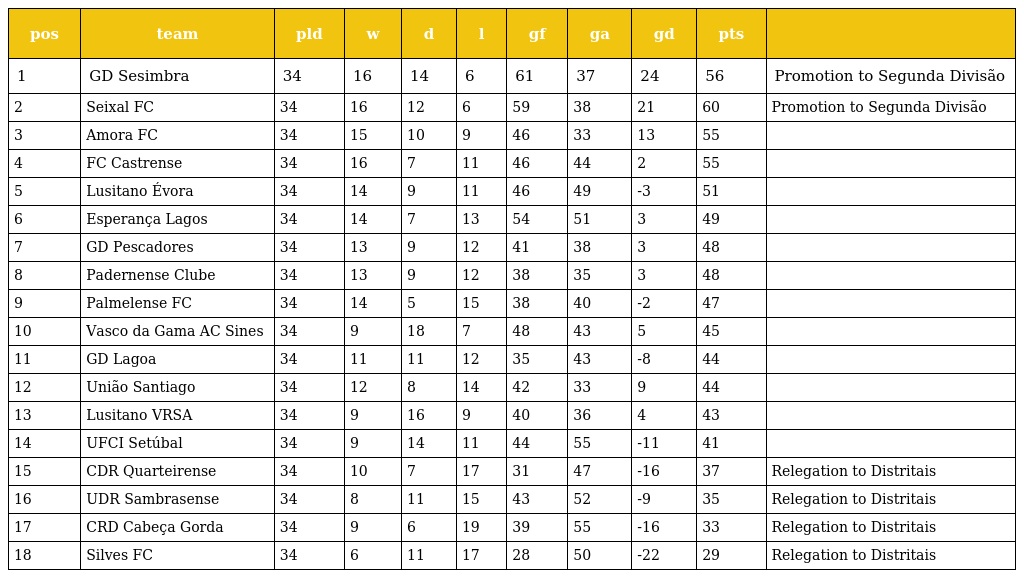
| pos | team | pld | w | d | l | gf | ga | gd | pts |  |
 | --- | --- | --- | --- | --- | --- | --- | --- | --- | --- | --- |
 | 1 | GD Sesimbra | 34 | 16 | 14 | 6 | 61 | 37 | 24 | 56 | Promotion to Segunda Divisão |
 | 2 | Seixal FC | 34 | 16 | 12 | 6 | 59 | 38 | 21 | 60 | Promotion to Segunda Divisão |
 | 3 | Amora FC | 34 | 15 | 10 | 9 | 46 | 33 | 13 | 55 |  |
 | 4 | FC Castrense | 34 | 16 | 7 | 11 | 46 | 44 | 2 | 55 |  |
 | 5 | Lusitano Évora | 34 | 14 | 9 | 11 | 46 | 49 | -3 | 51 |  |
 | 6 | Esperança Lagos | 34 | 14 | 7 | 13 | 54 | 51 | 3 | 49 |  |
 | 7 | GD Pescadores | 34 | 13 | 9 | 12 | 41 | 38 | 3 | 48 |  |
 | 8 | Padernense Clube | 34 | 13 | 9 | 12 | 38 | 35 | 3 | 48 |  |
 | 9 | Palmelense FC | 34 | 14 | 5 | 15 | 38 | 40 | -2 | 47 |  |
 | 10 | Vasco da Gama AC Sines | 34 | 9 | 18 | 7 | 48 | 43 | 5 | 45 |  |
 | 11 | GD Lagoa | 34 | 11 | 11 | 12 | 35 | 43 | -8 | 44 |  |
 | 12 | União Santiago | 34 | 12 | 8 | 14 | 42 | 33 | 9 | 44 |  |
 | 13 | Lusitano VRSA | 34 | 9 | 16 | 9 | 40 | 36 | 4 | 43 |  |
 | 14 | UFCI Setúbal | 34 | 9 | 14 | 11 | 44 | 55 | -11 | 41 |  |
 | 15 | CDR Quarteirense | 34 | 10 | 7 | 17 | 31 | 47 | -16 | 37 | Relegation to Distritais |
 | 16 | UDR Sambrasense | 34 | 8 | 11 | 15 | 43 | 52 | -9 | 35 | Relegation to Distritais |
 | 17 | CRD Cabeça Gorda | 34 | 9 | 6 | 19 | 39 | 55 | -16 | 33 | Relegation to Distritais |
 | 18 | Silves FC | 34 | 6 | 11 | 17 | 28 | 50 | -22 | 29 | Relegation to Distritais |